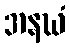
အနဃံ